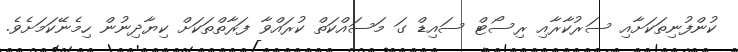
ކުންފުނިތަކަށާއި ސަރުކާރާއި ރިސޯޓް ސައިޑް ގަ މަސައްކަތް ކުރައްވާ ފަރާތްތަކަށް ކިޔާދިނުން ހިމެނޭކަމަށެވެ.